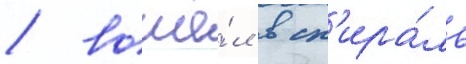
/ вошё́л в сп'ира́ль